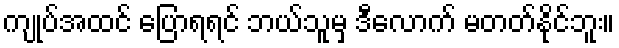
ကျုပ်အထင် ပြောရရင် ဘယ်သူမှ ဒီလောက် မတတ်နိုင်ဘူး။